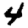
Digit: 4